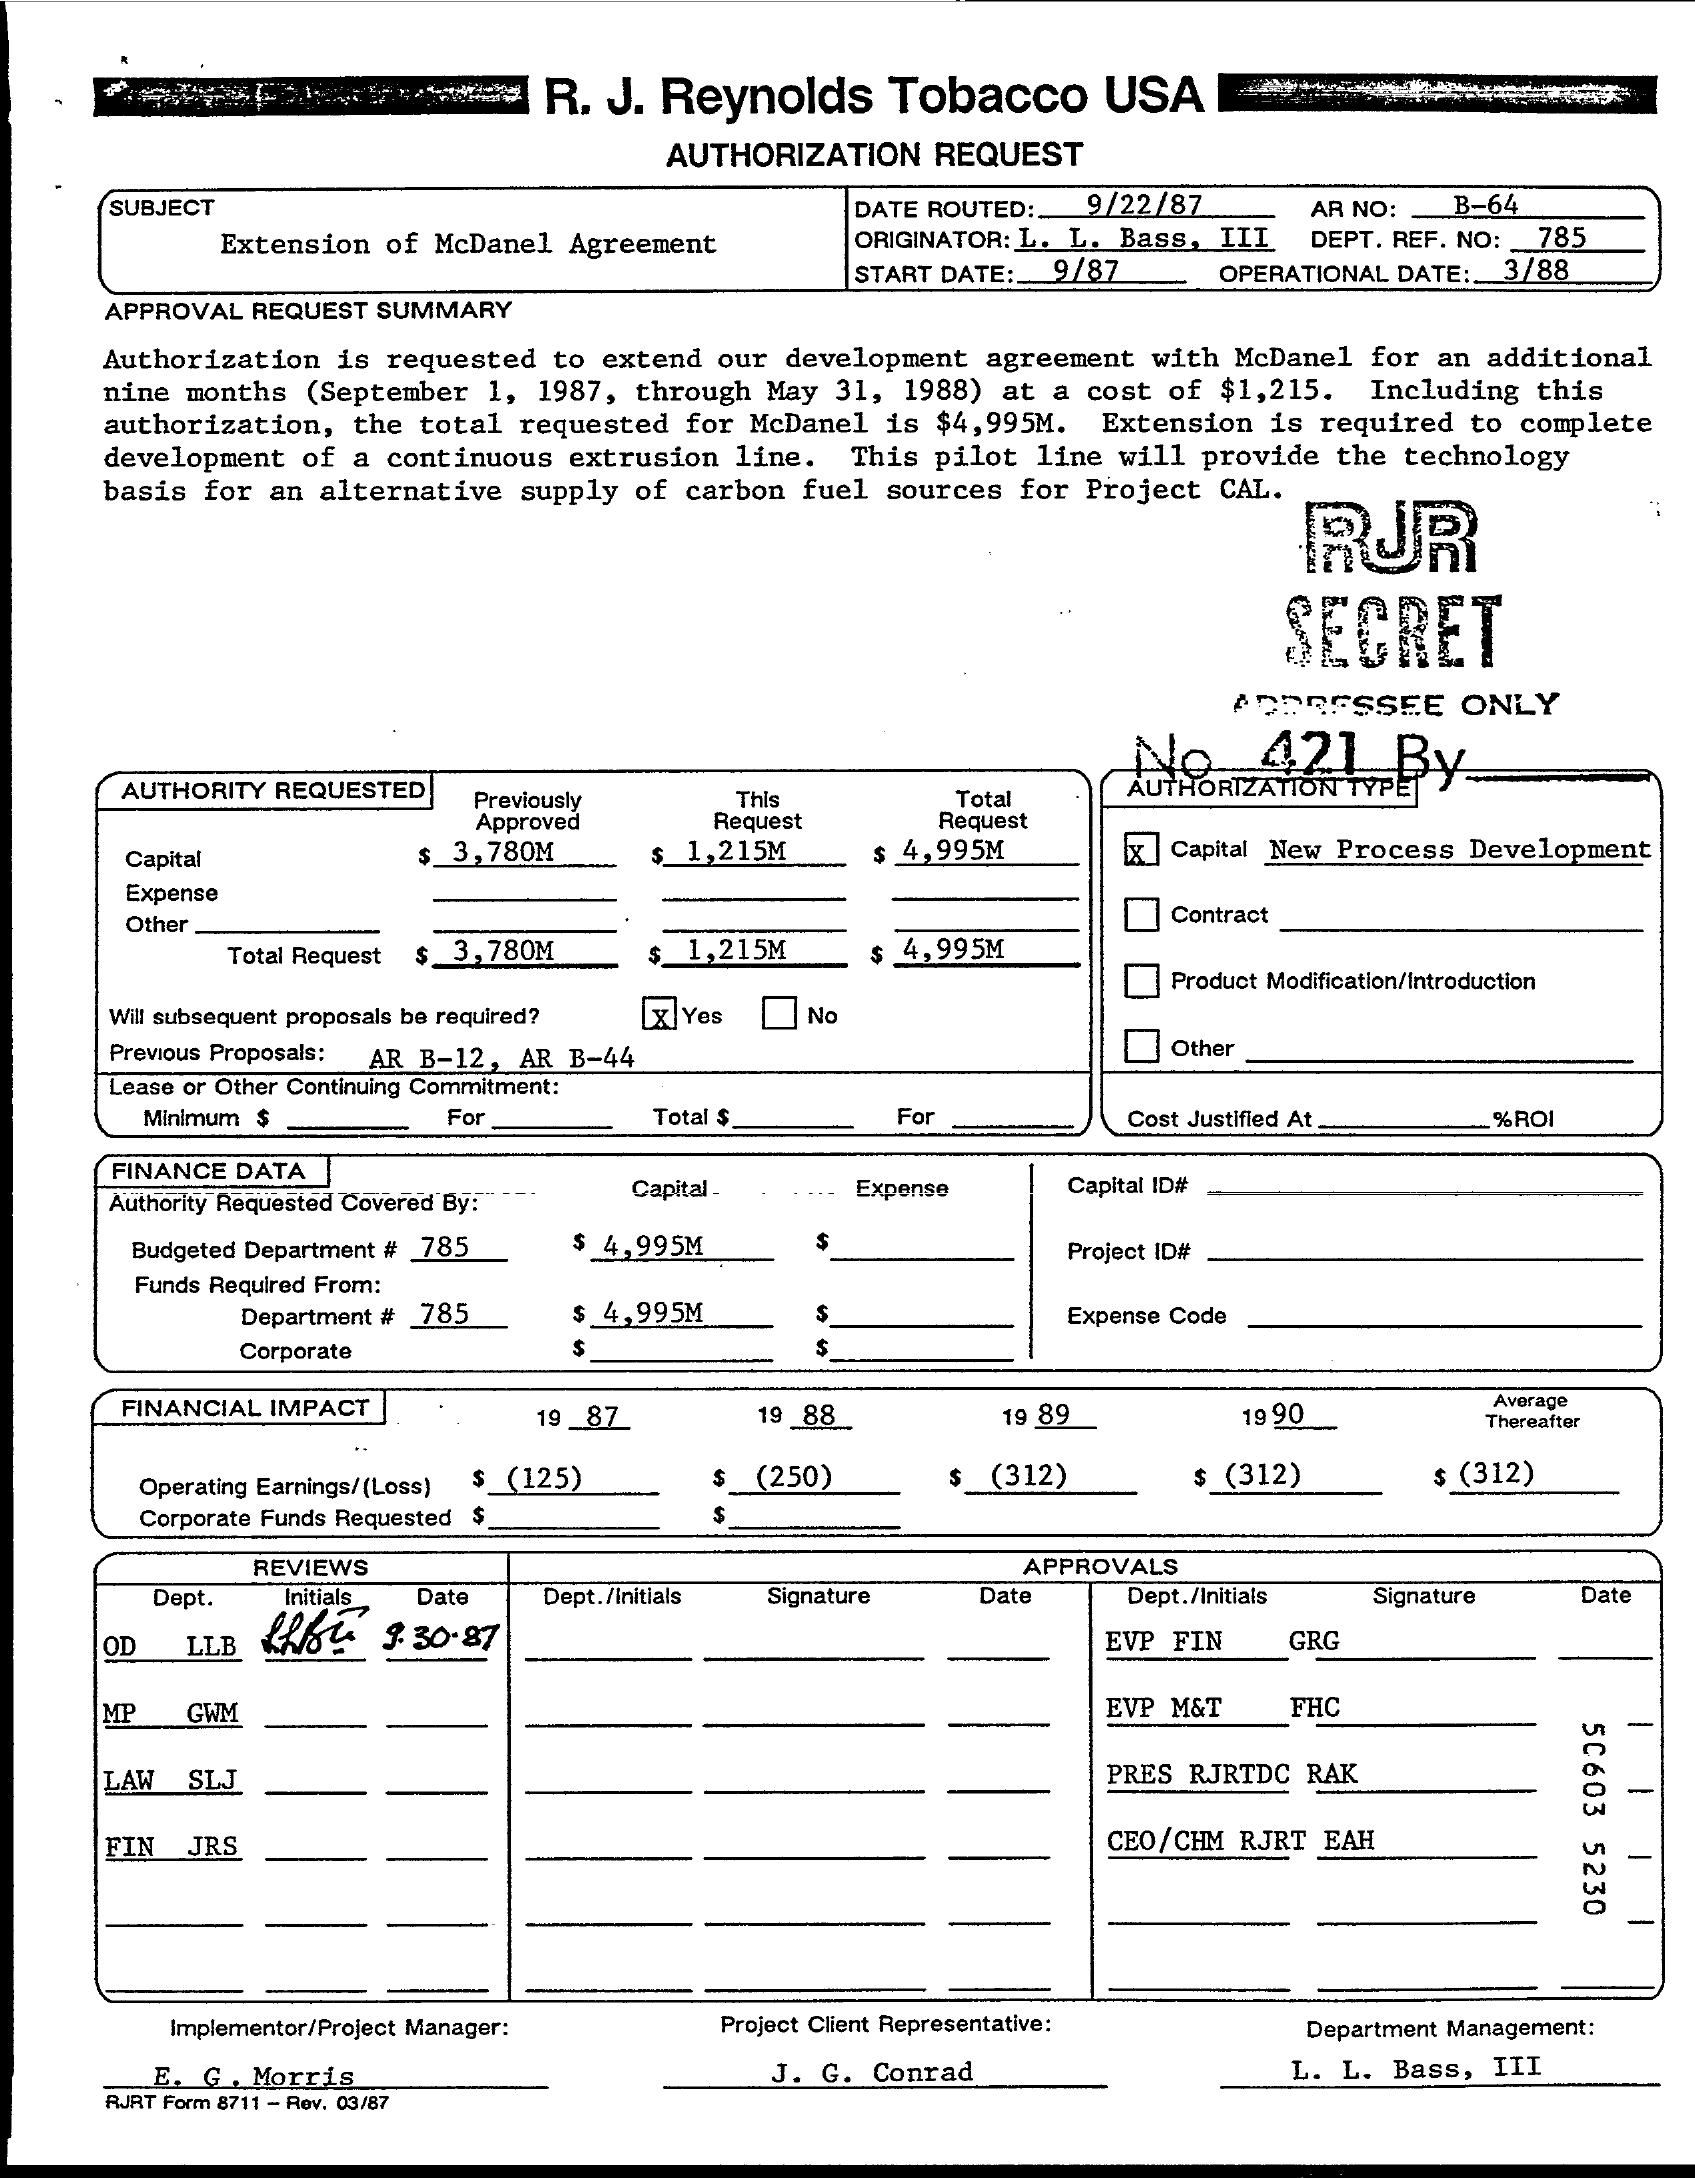
R.  J. Reynolds    Tobacco    USA
     AUTHORIZATION REQUEST
     SUBJECT    DATE ROUTED :_ 9/22/87  AR NO: B-64
     Extension of McDanel Agreement   ORIGINATOR: L. L. Bass, III DEPT. REF. NO: 785
     START DATE: 9/87   OPERATIONAL DATE :_ 3/88
     APPROVAL REQUEST SUMMARY
     Authorization is requested to extend our development agreement with McDanel for an additional
     nine months (September 1, 1987, through May 31, 1988) at a cost of $1,215. Including this
     authorization, the total requested for McDanel is $4,995M. Extension is required to complete
     development of a continuous extrusion line. This pilot line will provide the technology
     basis for an alternative supply of carbon fuel sources for Project CAL.
     RUR
     SECRET
     ADDRESSEE   ONLY
     No-   421    By
     AUTHORITY REQUESTED Previously
     Approved
     This
     Request
     Total
     AUTHORIZATION TYPE
     Request
     Capital    $_3,780M    1,215M    $ 4,995M    X| Capital New Process Development
     Expense
     Other    Contract
     Total Request $ 3,780M  1,215M    4,995M
     [x Yes
     Product Modification/Introduction
     Will subsequent proposals be required? No
     Previous Proposals: AR B-12, AR B-44    Other
     Lease or Other Continuing Commitment:
     Minimum $    For    Total $    For    Cost Justified At   %ROI
     FINANCE DATA
     Authority Requested Covered By:
     Capital -   Expense    Capital ID#
     Budgeted Department # 785 $ 4,995M    Project ID#
     Funds Required From:
     Department # 785 $ 4,995M    Expense Code
     Corporate    $    $
     FINANCIAL IMPACT    19 _87    19 88    19 89    19 90
     Avorage
     Thereafter
     Operating Earnings/(Loss) $ (125) (250)    (312)    $ (312)    $ (312)
     Corporate Funds Requested
     REVIEWS    APPROVALS
     Dept.  Initials Date Dept./initials Signature Date Dept./Initials Signature Date
     OD  LLB LRG   3.30.87    EVP FIN   GRG
     MP  GWM    EVP M&T   FHC
     5C603
     5230
     LAW SLJ    PRES RJRTDC RAK
     FIN JRS    CEO/CHM RJRT EAH
     -
     Implementor/Project Manager: Project Client Representative: Department Management:
     E. G . Morris    J. G. Conrad    L. L. Bass, III
     RJRT Form 8711 - Rev. 03/87